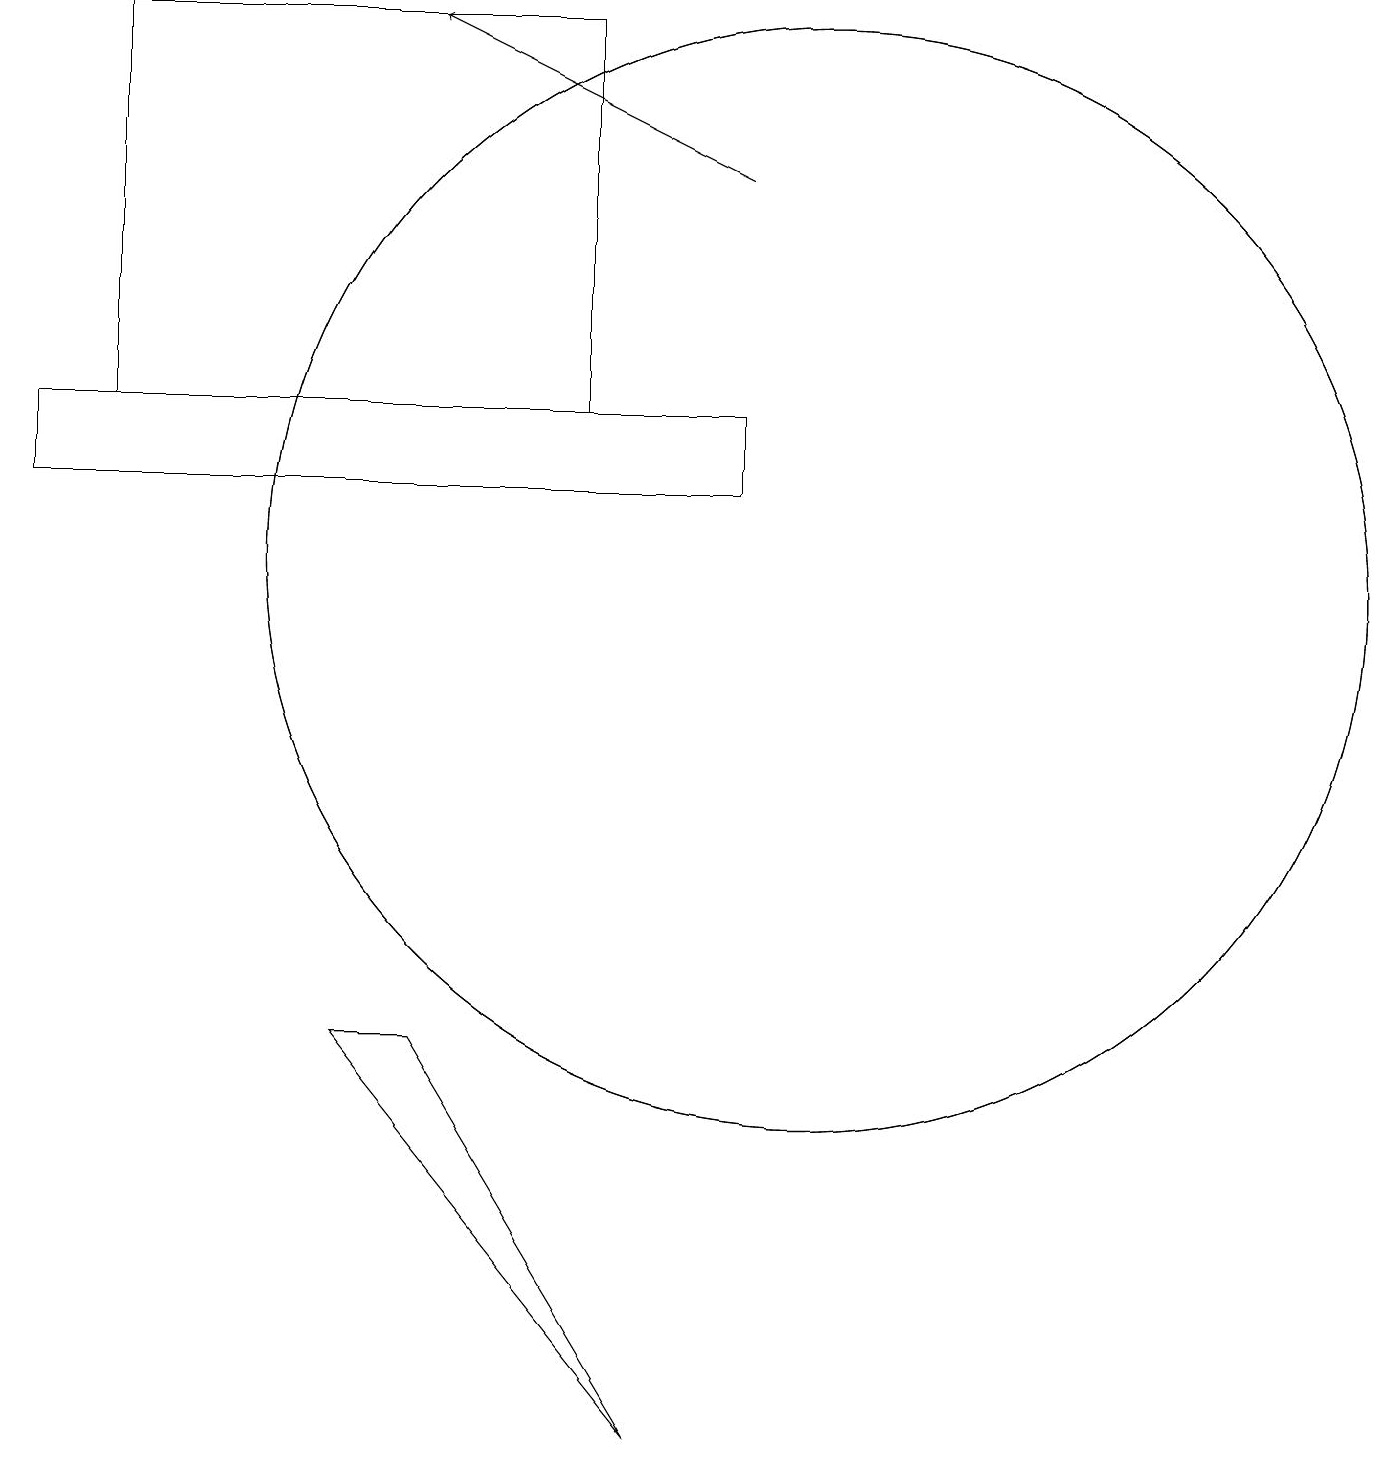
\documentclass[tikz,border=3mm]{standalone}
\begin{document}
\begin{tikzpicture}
\draw (10,11) circle (7);
\draw (7,18) rectangle (1,13);
\draw (9,12) rectangle (0,13);
\draw (10,11) circle (7);
\draw[->] (9,16) -- (5,18);
\draw (5,5) -- (8,0) -- (4,5) -- cycle;
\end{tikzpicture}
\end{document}